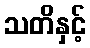
သတိနှင့်